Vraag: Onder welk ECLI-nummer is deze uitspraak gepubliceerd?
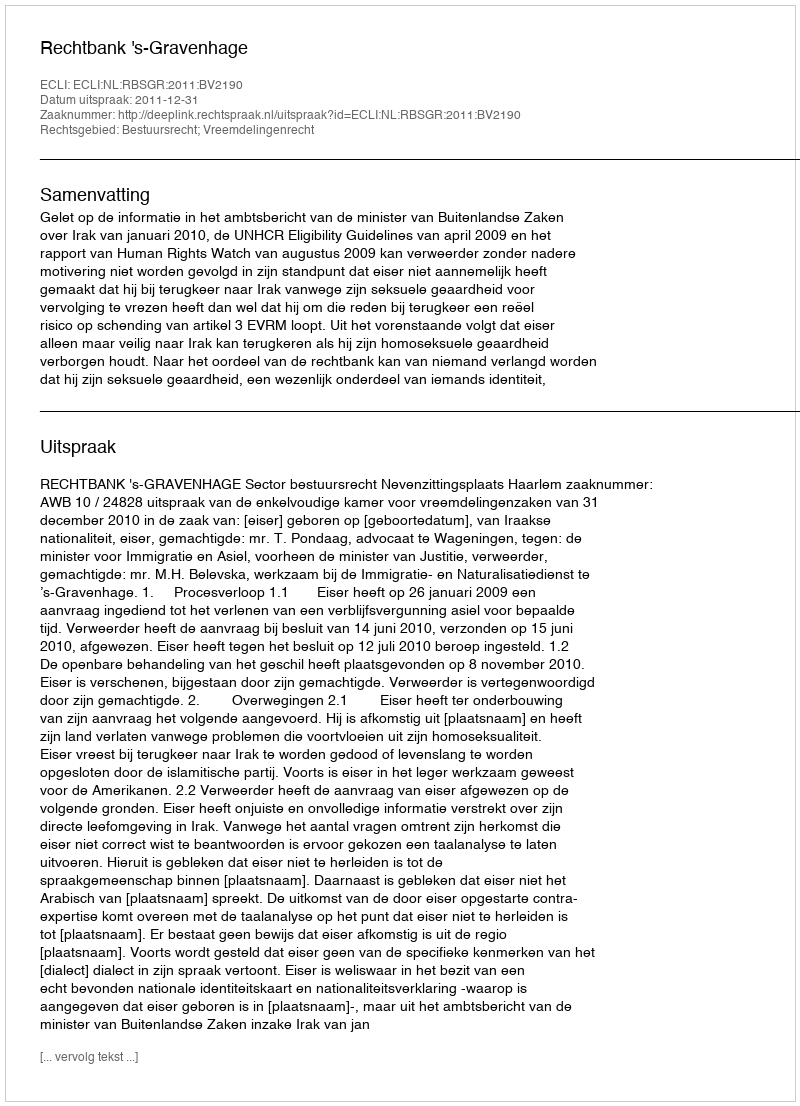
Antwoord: ECLI:NL:RBSGR:2011:BV2190